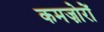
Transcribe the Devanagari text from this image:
कमज़ोरों